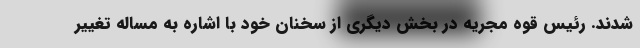
شدند. رئیس قوه مجریه در بخش دیگری از سخنان خود با اشاره به مساله تغییر